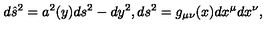
d \hat { s } ^ { 2 } = a ^ { 2 } ( y ) d s ^ { 2 } - d y ^ { 2 } , d s ^ { 2 } = g _ { \mu \nu } ( x ) d x ^ { \mu } d x ^ { \nu } ,